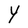
Character: Y